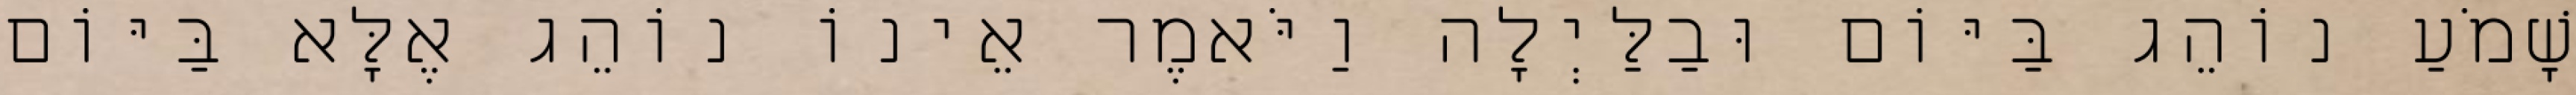
שָׁמֹעַ נוֹהֵג בַּיּוֹם וּבַלַּיְלָה וַיֹּאמֶר אֵינוֹ נוֹהֵג אֶלָּא בַּיּוֹם